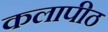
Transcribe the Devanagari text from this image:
कलापीठ